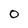
Character: 0